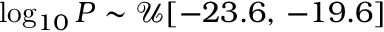
\log _ { 1 0 } P \sim \mathcal { U } [ - 2 3 . 6 , \, - 1 9 . 6 ]